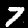
Digit: 7